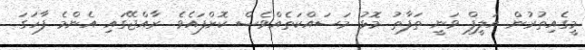
މީގެއިތުރުން އަލީފް ވަނީ ތަފާތު މޮޅު މަސައްކަތެއްވެސް ކޮށްފައެވެ. ރާއްޖޭގައި އެންމެ ފާހަގަ